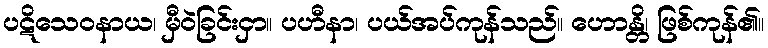
ပဋိသေဝနာယ၊ မှီဝဲခြင်းငှာ။ ပဟီနာ၊ ပယ်အပ်ကုန်သည်။ ဟောန္တိ၊ ဖြစ်ကုန်၏။